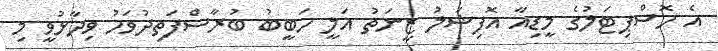
އެ ހޮސްޕިޓަލުގެ މީޑިއާ އޮފިޝަލު ޒީނަތު އަލީ ހަބީބު ބުރާސްފަތިދުވަހު ވިދާޅުވީ މި